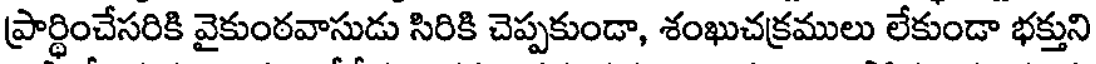
ప్రార్థించేసరికి వైకుంఠవాసుడు సిరికి చెప్పకుండా, శంఖుచక్రములు లేకుండా భక్తుని